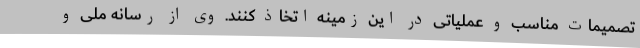
تصمیمات مناسب و عملیاتی در این زمینه اتخاذ کنند. وی از رسانه ملی و